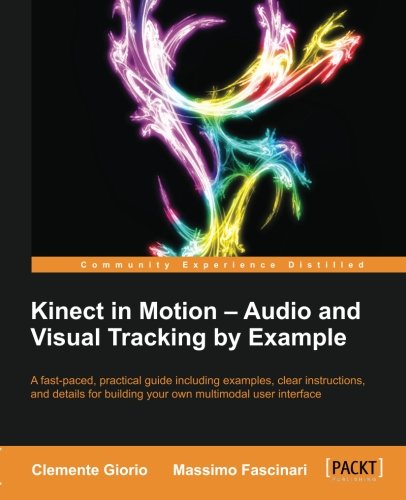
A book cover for Kinect in Motion  - Audio and Visual Tracking by Example; Clemente Giorio; Computers & Technology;